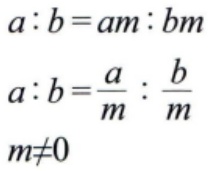
\[

\begin{align*}

a:b&=am:bm\\

a:b&=\frac{a}{m}:\frac{b}{m}\\

m&\neq0

\end{align*}

\]